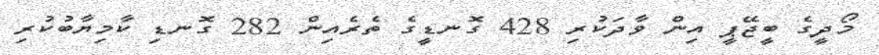
މޯދީގެ ބީޖޭޕީ އިން ވާދަކުރި 428 ގޮނޑީގެ ތެރެއިން 282 ގޮނޑި ކާމިޔާބުކުރި